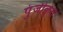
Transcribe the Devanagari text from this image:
पुंजीकृत